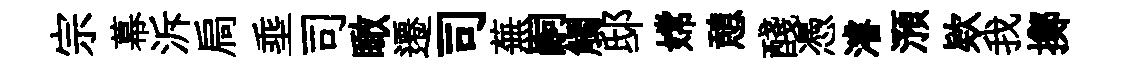
宗幕泝扃埀司瞰遷司蕪嗣觸邸嫦憩醆憑濬澦欵我擲